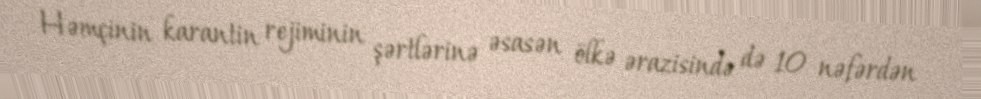
Həmçinin karantin rejiminin şərtlərinə əsasən ölkə ərazisində də 10 nəfərdən